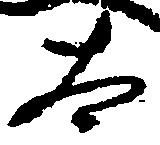
太